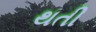
થતી